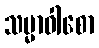
သမ္မာဝါစော